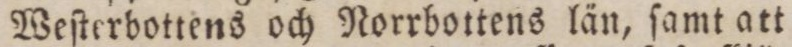
Weſterbottens och Norbottens län, ſamt att